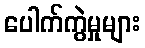
ပေါက်ကွဲမှုများ